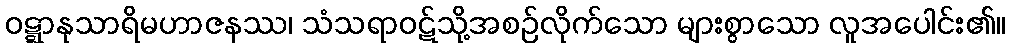
ဝဋ္ဋာနုသာရိမဟာဇနဿ၊ သံသရာဝဋ်သို့အစဉ်လိုက်သော များစွာသော လူအပေါင်း၏။